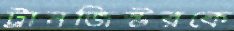
ট্রানজিস্টরকে